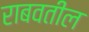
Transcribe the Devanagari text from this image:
राबवतील